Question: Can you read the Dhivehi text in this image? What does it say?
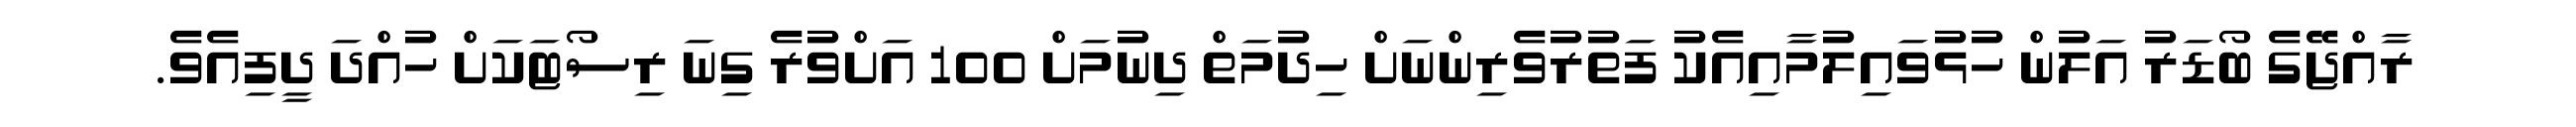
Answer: ރާއްޖޭގެ ބޯޑަރު އަލުން ހުޅުވައިލުމާއިއެކު ފަތުރުވެރިންނަށް ހިދުމަތް ދިނުމަށް 100 އަށްވުރެ ގިނަ ރިސޯޓަކަށް ހުއްދަ ދީފިއެވެ.